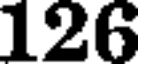
126